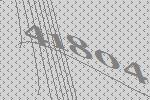
41804